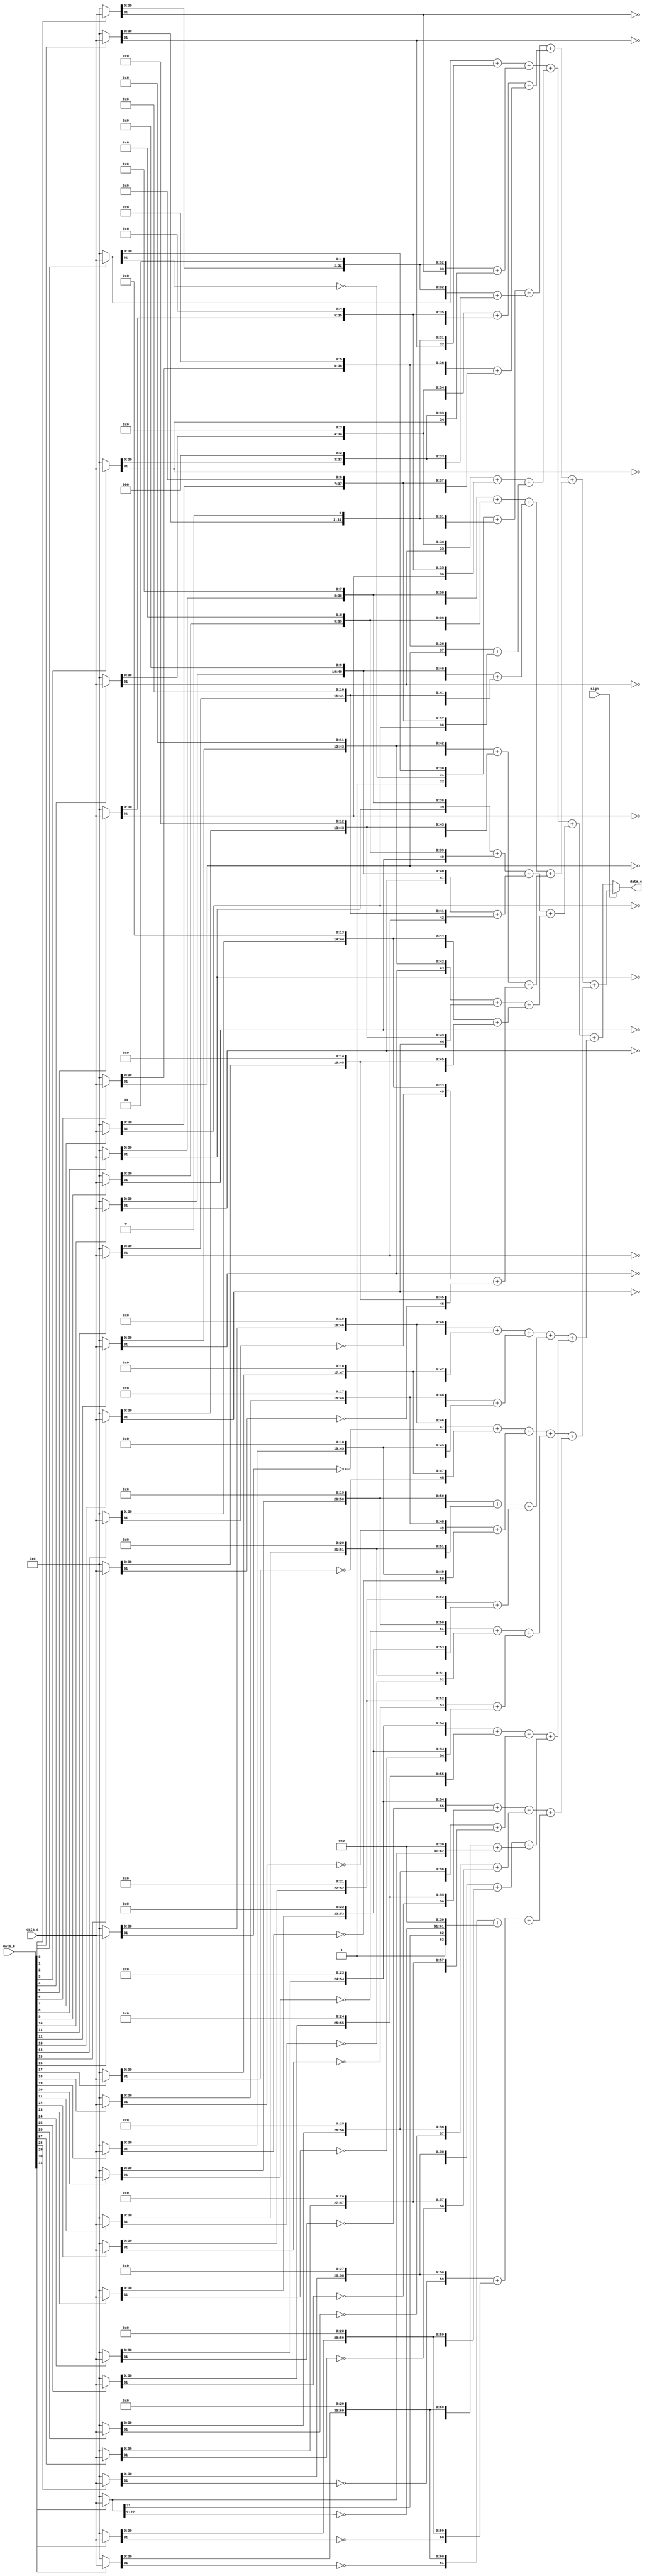
`timescale 1ns / 1ps
//////////////////////////////////////////////////////////////////////////////////
// Company: 
// Engineer: 
// 
// Design Name: 
// Module Name:    mul 
// Project Name: 
// Target Devices: 
// Tool versions: 
// Description: 
//
// Dependencies: 
//
// Revision: 
// Revision 0.01 - File Created
// Additional Comments: 
//
//////////////////////////////////////////////////////////////////////////////////
module mul(/*AUTOARG*/
	// Outputs
	data_c,
	// Inputs
	data_a, data_b, sign
	);
	input  [31:0]  data_a, data_b;
	input 		   sign;

	output [63:0]  data_c;

	wire   [63:0]  tmp_data_a, tmp_data_c, tmp_data_cu;
	reg    [31:0]  tmp_data_b;
	reg    [4:0]   i;

	/*AUTOWIRE*/
	/*AUTOREG*/
/*
	always @ * begin	
		tmp_data_a = ({32'h00000000, data_a});
		tmp_data_b = data_b;
		tmp_data_c = 0;
		for (i=0; i<5'b10000; i=i+1) begin
			if ((tmp_data_b & 1) == 1)
				tmp_data_c = tmp_data_c + tmp_data_a;
			tmp_data_a = tmp_data_a << 1;
			tmp_data_b = tmp_data_b >> 1;
		end
	end // always @ *

	
*/
    wire [31:0] ab0  = data_b[0] ? data_a : 32'b0;
    wire [31:0] ab1  = data_b[1] ? data_a : 32'b0;
    wire [31:0] ab2  = data_b[2] ? data_a : 32'b0;
    wire [31:0] ab3  = data_b[3] ? data_a : 32'b0;
    wire [31:0] ab4  = data_b[4] ? data_a : 32'b0;
    wire [31:0] ab5  = data_b[5] ? data_a : 32'b0;
    wire [31:0] ab6  = data_b[6] ? data_a : 32'b0;
    wire [31:0] ab7  = data_b[7] ? data_a : 32'b0;
    wire [31:0] ab8  = data_b[8] ? data_a : 32'b0;
    wire [31:0] ab9  = data_b[9] ? data_a : 32'b0;
    wire [31:0] ab10 = data_b[10] ? data_a : 32'b0;
    wire [31:0] ab11 = data_b[11] ? data_a : 32'b0;
    wire [31:0] ab12 = data_b[12] ? data_a : 32'b0;
    wire [31:0] ab13 = data_b[13] ? data_a : 32'b0;
    wire [31:0] ab14 = data_b[14] ? data_a : 32'b0; 
    wire [31:0] ab15 = data_b[15] ? data_a : 32'b0;
    wire [31:0] ab16 = data_b[16] ? data_a : 32'b0;
    wire [31:0] ab17 = data_b[17] ? data_a : 32'b0;
    wire [31:0] ab18 = data_b[18] ? data_a : 32'b0;
    wire [31:0] ab19 = data_b[19] ? data_a : 32'b0;
    wire [31:0] ab20 = data_b[20] ? data_a : 32'b0;
    wire [31:0] ab21 = data_b[21] ? data_a : 32'b0;
    wire [31:0] ab22 = data_b[22] ? data_a : 32'b0;
    wire [31:0] ab23 = data_b[23] ? data_a : 32'b0;
    wire [31:0] ab24 = data_b[24] ? data_a : 32'b0;
    wire [31:0] ab25 = data_b[25] ? data_a : 32'b0;
    wire [31:0] ab26 = data_b[26] ? data_a : 32'b0;
    wire [31:0] ab27 = data_b[27] ? data_a : 32'b0;
    wire [31:0] ab28 = data_b[28] ? data_a : 32'b0;
    wire [31:0] ab29 = data_b[29] ? data_a : 32'b0;
    wire [31:0] ab30 = data_b[30] ? data_a : 32'b0;
    wire [31:0] ab31 = data_b[31] ? data_a : 32'b0;

    assign tmp_data_cu = (((({32'b0, ab0[31:0]}           +
                            {31'b0, ab1[31:0],  1'b0})   +
                           ({30'b0, ab2[31:0],  2'b0}    +
                            {29'b0, ab3[31:0],  3'b0}))  +
                          (({28'b0, ab4[31:0],  4'b0}    +
                            {27'b0, ab5[31:0],  5'b0})   +
                           ({26'b0, ab6[31:0],  6'b0}    +
                            {25'b0, ab7[31:0],  7'b0}))) +
                         ((({24'b0, ab8[31:0],  8'b0}    +
                            {23'b0, ab9[31:0],  9'b0})   +
                           ({22'b0, ab10[31:0], 10'b0}   +
                            {21'b0, ab11[31:0], 11'b0})) +
                          (({20'b0, ab12[31:0], 12'b0}   +
                            {19'b0, ab13[31:0], 13'b0})  +
                           ({18'b0, ab14[31:0], 14'b0}   +
                            {17'b0, ab15[31:0], 15'b0}))))  +
                        (((({16'b0, ab16[31:0], 16'b0}   +
                            {15'b0, ab17[31:0], 17'b0})  +
                           ({14'b0, ab18[31:0], 18'b0}   +
                            {13'b0, ab19[31:0], 19'b0})) +
                          (({12'b0, ab20[31:0], 20'b0}   +
                            {11'b0, ab21[31:0], 21'b0})  +
                           ({10'b0, ab22[31:0], 22'b0}   +
                            { 9'b0, ab23[31:0], 23'b0})))+
                         ((({ 8'b0, ab24[31:0], 24'b0}   +
                            { 7'b0, ab25[31:0], 25'b0})  +
                           ({ 6'b0, ab26[31:0], 26'b0}   +
                            { 5'b0, ab27[31:0], 27'b0})) +
                          (({ 4'b0, ab28[31:0], 28'b0}   +
                            { 3'b0, ab29[31:0], 29'b0})  +
                           ({ 2'b0, ab30[31:0], 30'b0}   +
                            { 1'b0, ab31[31:0], 31'b0}))));
    assign tmp_data_c = (((({32'b1, ~ab0[31], ab0[30:0]}           +
                            {31'b0, ~ab1[31], ab1[30:0],  1'b0})   +
                           ({30'b0, ~ab2[31], ab2[30:0],  2'b0}    +
                            {29'b0, ~ab3[31], ab3[30:0],  3'b0}))  +
                          (({28'b0, ~ab4[31], ab4[30:0],  4'b0}    +
                            {27'b0, ~ab5[31], ab5[30:0],  5'b0})   +
                           ({26'b0, ~ab6[31], ab6[30:0],  6'b0}    +
                            {25'b0, ~ab7[31], ab7[30:0],  7'b0}))) +
                         ((({24'b0, ~ab8[31], ab8[30:0],  8'b0}    +
                            {23'b0, ~ab9[31], ab9[30:0],  9'b0})   +
                           ({22'b0, ~ab10[31], ab10[30:0], 10'b0}   +
                            {21'b0, ~ab11[31], ab11[30:0], 11'b0})) +
                          (({20'b0, ~ab12[31], ab12[30:0], 12'b0}   +
                            {19'b0, ~ab13[31], ab13[30:0], 13'b0})  +
                           ({18'b0, ~ab14[31], ab14[30:0], 14'b0}   +
                            {17'b0, ~ab15[31], ab15[30:0], 15'b0}))))  +
                        (((({16'b0, ~ab16[31], ab16[30:0], 16'b0}   +
                            {15'b0, ~ab17[31], ab17[30:0], 17'b0})  +
                           ({14'b0, ~ab18[31], ab18[30:0], 18'b0}   +
                            {13'b0, ~ab19[31], ab19[30:0], 19'b0})) +
                          (({12'b0, ~ab20[31], ab20[30:0], 20'b0}   +
                            {11'b0, ~ab21[31], ab21[30:0], 21'b0})  +
                           ({10'b0, ~ab22[31], ab22[30:0], 22'b0}   +
                            { 9'b0, ~ab23[31], ab23[30:0], 23'b0})))+
                         ((({ 8'b0, ~ab24[31], ab24[30:0], 24'b0}   +
                            { 7'b0, ~ab25[31], ab25[30:0], 25'b0})  +
                           ({ 6'b0, ~ab26[31], ab26[30:0], 26'b0}   +
                            { 5'b0, ~ab27[31], ab27[30:0], 27'b0})) +
                          (({ 4'b0, ~ab28[31], ab28[30:0], 28'b0}   +
                            { 3'b0, ~ab29[31], ab29[30:0], 29'b0})  +
                           ({ 2'b0, ~ab30[31], ab30[30:0], 30'b0}   +
                            { 1'b1, ab31[31], ~ab31[30:0], 31'b0}))));
                        
    assign data_c = sign ? tmp_data_c : tmp_data_cu;
endmodule